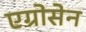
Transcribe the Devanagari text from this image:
एग्रोसेन